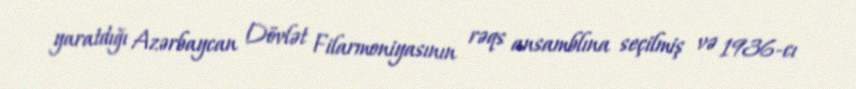
yaratdığı Azərbaycan Dövlət Filarmoniyasının rəqs ansamblına seçilmiş və 1936-cı